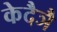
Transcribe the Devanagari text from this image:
केदैञै